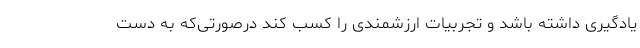
یادگیری داشته باشد و تجربیات ارزشمندی را کسب کند درصورتی‌که به دست